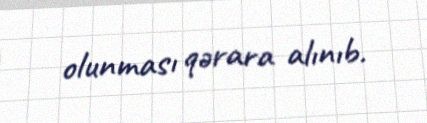
olunması qərara alınıb.